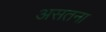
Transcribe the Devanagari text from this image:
असतना